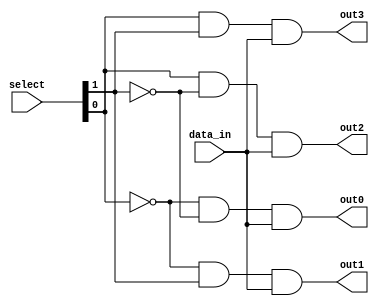
module demux_1to4 (
    input wire [1:0] select,
    input wire data_in,
    output reg out0,
    output reg out1,
    output reg out2,
    output reg out3
);

reg [3:0] decoder_output;

// Binary decoder
assign decoder_output[0] = ~select[0] & ~select[1];
assign decoder_output[1] = ~select[0] & select[1];
assign decoder_output[2] = select[0] & ~select[1];
assign decoder_output[3] = select[0] & select[1];

// AND gates
always @* begin
    out0 = decoder_output[0] & data_in;
    out1 = decoder_output[1] & data_in;
    out2 = decoder_output[2] & data_in;
    out3 = decoder_output[3] & data_in;
end

endmodule